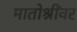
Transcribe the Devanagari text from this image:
मातोश्रींवर